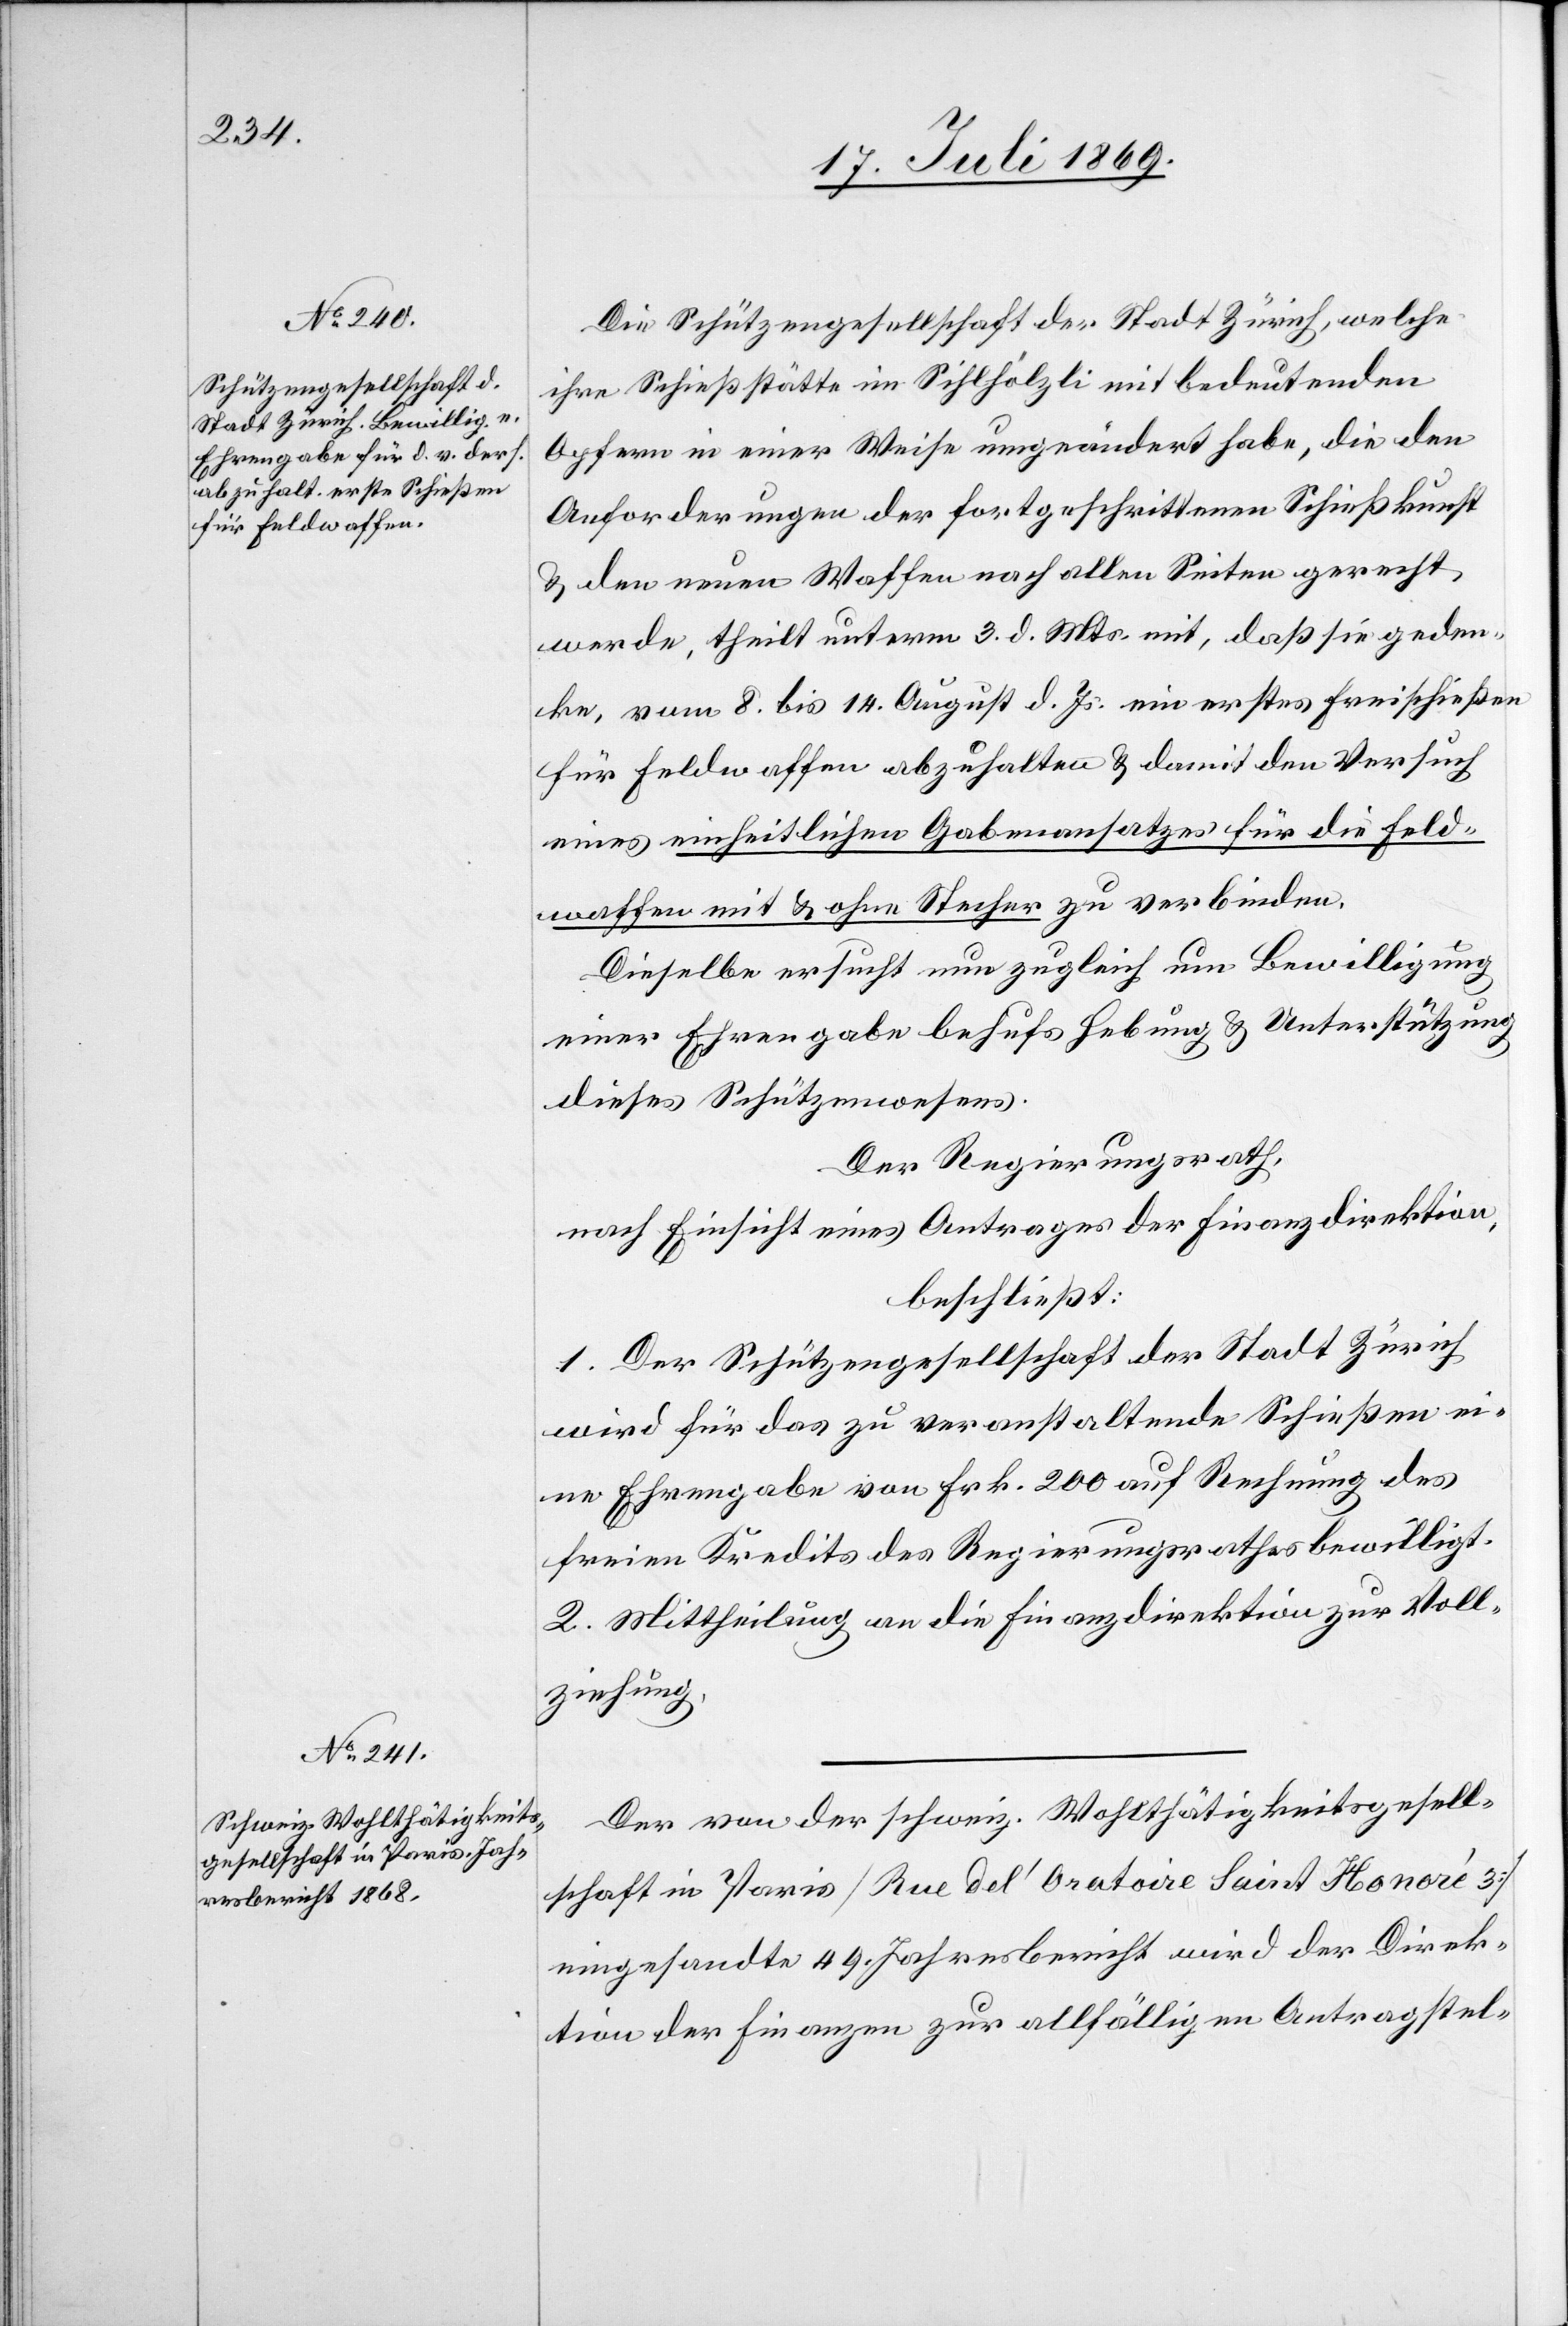
Die Schützengesellschaft der Stadt Zürich, welche
ihre Schiesstätte im Sihlhölzli mit bedeutenden
Opfern in einer Weise umgeändert habe, die den
Anforderungen der fortgeschrittenen Schießkunst
u. den neuen Waffen nach allen Seiten gerecht
werde, theilt unterm 3 d. Mts. mit, daß sie geden¬
ke, vom 8 bis 14 August d. Js. ein erstes Freischießen
für Feldwaffen abzuhalten u. damit den Versuch
eines einheitlichen Gabenansatzes für die Feld¬
waffen mit u. ohne Stecher zu verbinden.
Dieselbe ersucht nun zugleich um Bewilligung
eine Ehrengabe behufs Hebung u. Unterstützung
dieses Schützenwesens.
Der Regierungsrath,
nach Einsicht eines Antrages der Finanzdirektion,
beschließt:
1. Der Schützengesellschaft der Stadt Zürich
wird für das zu veranstaltende Schießen ei¬
ne Ehrengabe von Frk. 200 auf Rechnung des
freien Kredits des Regierungsrathes bewilligt.
2. Mittheilung an die Finanzdirektion zur Voll¬
ziehung.
Der von der schweiz. Wohlthätigkeitsgesell¬
schaft in Paris [Rue del’Oratoire Saint Honoré 3]
eingesandte 44 Jahresbericht wird der Direk¬
tion der Finanzen zur allfälligen Antragstel-